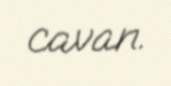
cavan.